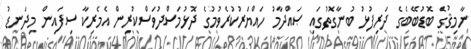
ނާމިޤުގެ ބޮޑުބޭބެގެ ދަރިފުޅު ބުނާގޮތުގައި ޞައްދާމު ހައްޔަރުކުރެވުމުގެ ދޮޅުމަސްދުވަސްކުރިން އެމެރިކާ ސިފައިން މިދަނޑު